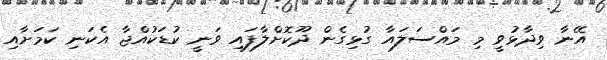
އޭނާ ވިދާޅުވީ މި މައްސަލައާ ގުޅިގެން ދޫކޮށްލާފައި ވަނީ ކުޑަކުއްޖާ އެކަނި ކަމަށާއި